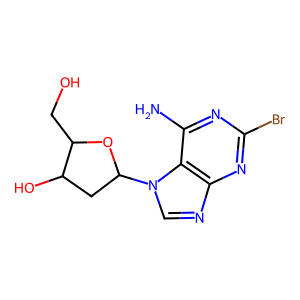
SMILES: Nc1nc(Br)nc2ncn(C3CC(O)C(CO)O3)c12
Inhibits HIV replication: No